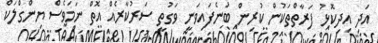
އަދި އިދިކޮޅު ފަރާތްތަކުން ކުރިން ބުނެފައިވަނީ ވަގުތީ ސަރުކާރެއް އޮތް ނަމަވެސް ޔިންގްލަކް